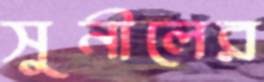
সুনীলের